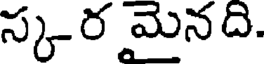
స్కర మైనది.